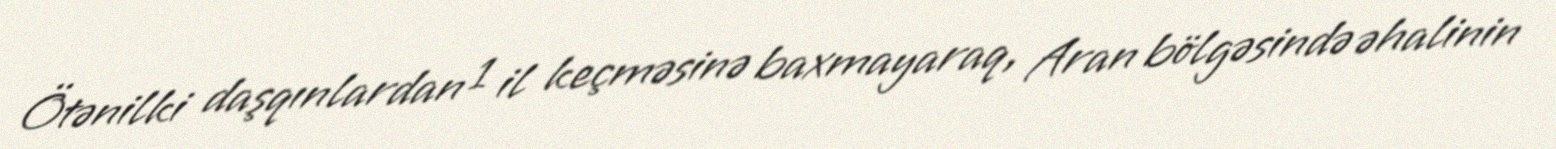
Ötənilki daşqınlardan 1 il keçməsinə baxmayaraq, Aran bölgəsində əhalinin